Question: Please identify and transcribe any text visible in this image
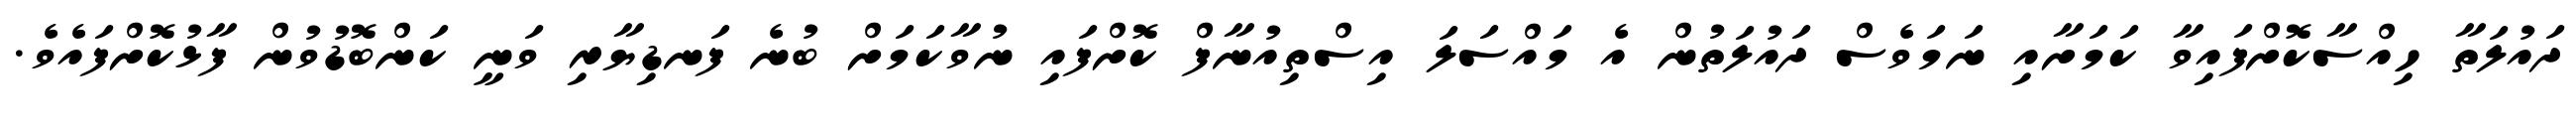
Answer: ދައުލަތާ ހިއްސާކޮށްފައިވާ ކަމަށާއި ނަމަވެސް ދައުލަތުން އެ މައްސަލަ އިސްތިއުނާފް ކޮށްފައި ނުވާކަމަށް ބުނެ ފަނޑިޔާރި ވަނީ ކަންބޮޑުވުން ފާޅުކޮށްފައެވެ.